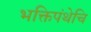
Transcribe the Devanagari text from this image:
भक्तिपंथेचि